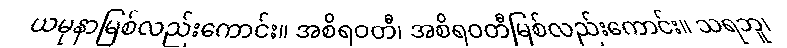
ယမုနာမြစ်လည်းကောင်း။ အစိရဝတီ၊ အစိရဝတီမြစ်လည်းကောင်း။ သရဘူ၊